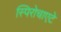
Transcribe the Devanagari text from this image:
स्पिरोचाएटे